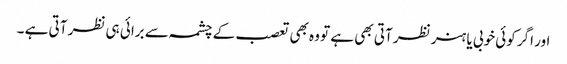
اور اگر کوئی خوبی یا ہنر نظر آتی بھی ہے تو وہ بھی تعصب کے چشمہ سے برائی ہی نظر آتی ہے ۔